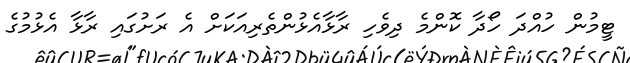
ޓީމުން ހުއްދަ ހޯދާ ކޮންމެ ދިވެހި ރާޅާއެޅުންތެރިއަކަށް އެ ރަށުގައި ރާޅާ އެޅުމުގެ